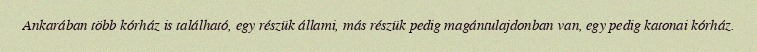
Ankarában több kórház is található, egy részük állami, más részük pedig magántulajdonban van, egy pedig katonai kórház.